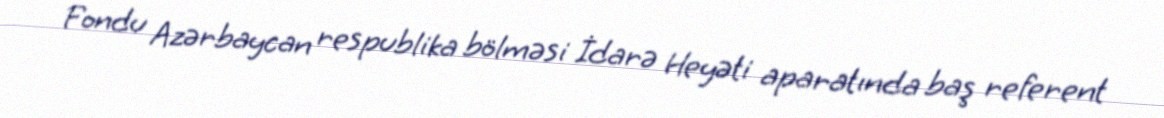
Fondu Azərbaycan respublika bölməsi İdarə Heyəti aparatında baş referent